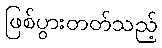
ဖြစ်ပွားတတ်သည့်